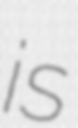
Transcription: is